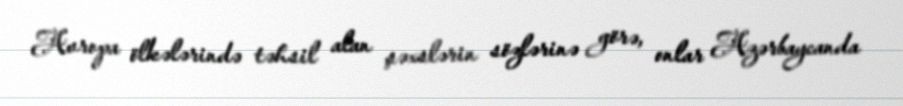
Avropa ölkələrində təhsil alan şəxslərin sözlərinə görə, onlar Azərbaycanda